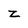
Character: z